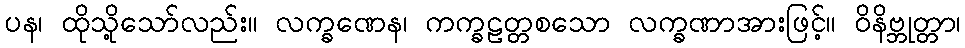
ပန၊ ထိုသို့သော်လည်း။ လက္ခဏေန၊ ကက္ခဠတ္တစသော လက္ခဏာအားဖြင့်။ ဝိနိဗ္ဘုတ္တာ၊